65_HS1-834228961_62-HQ-83894_Section_8
Agency: FBI
Page 177
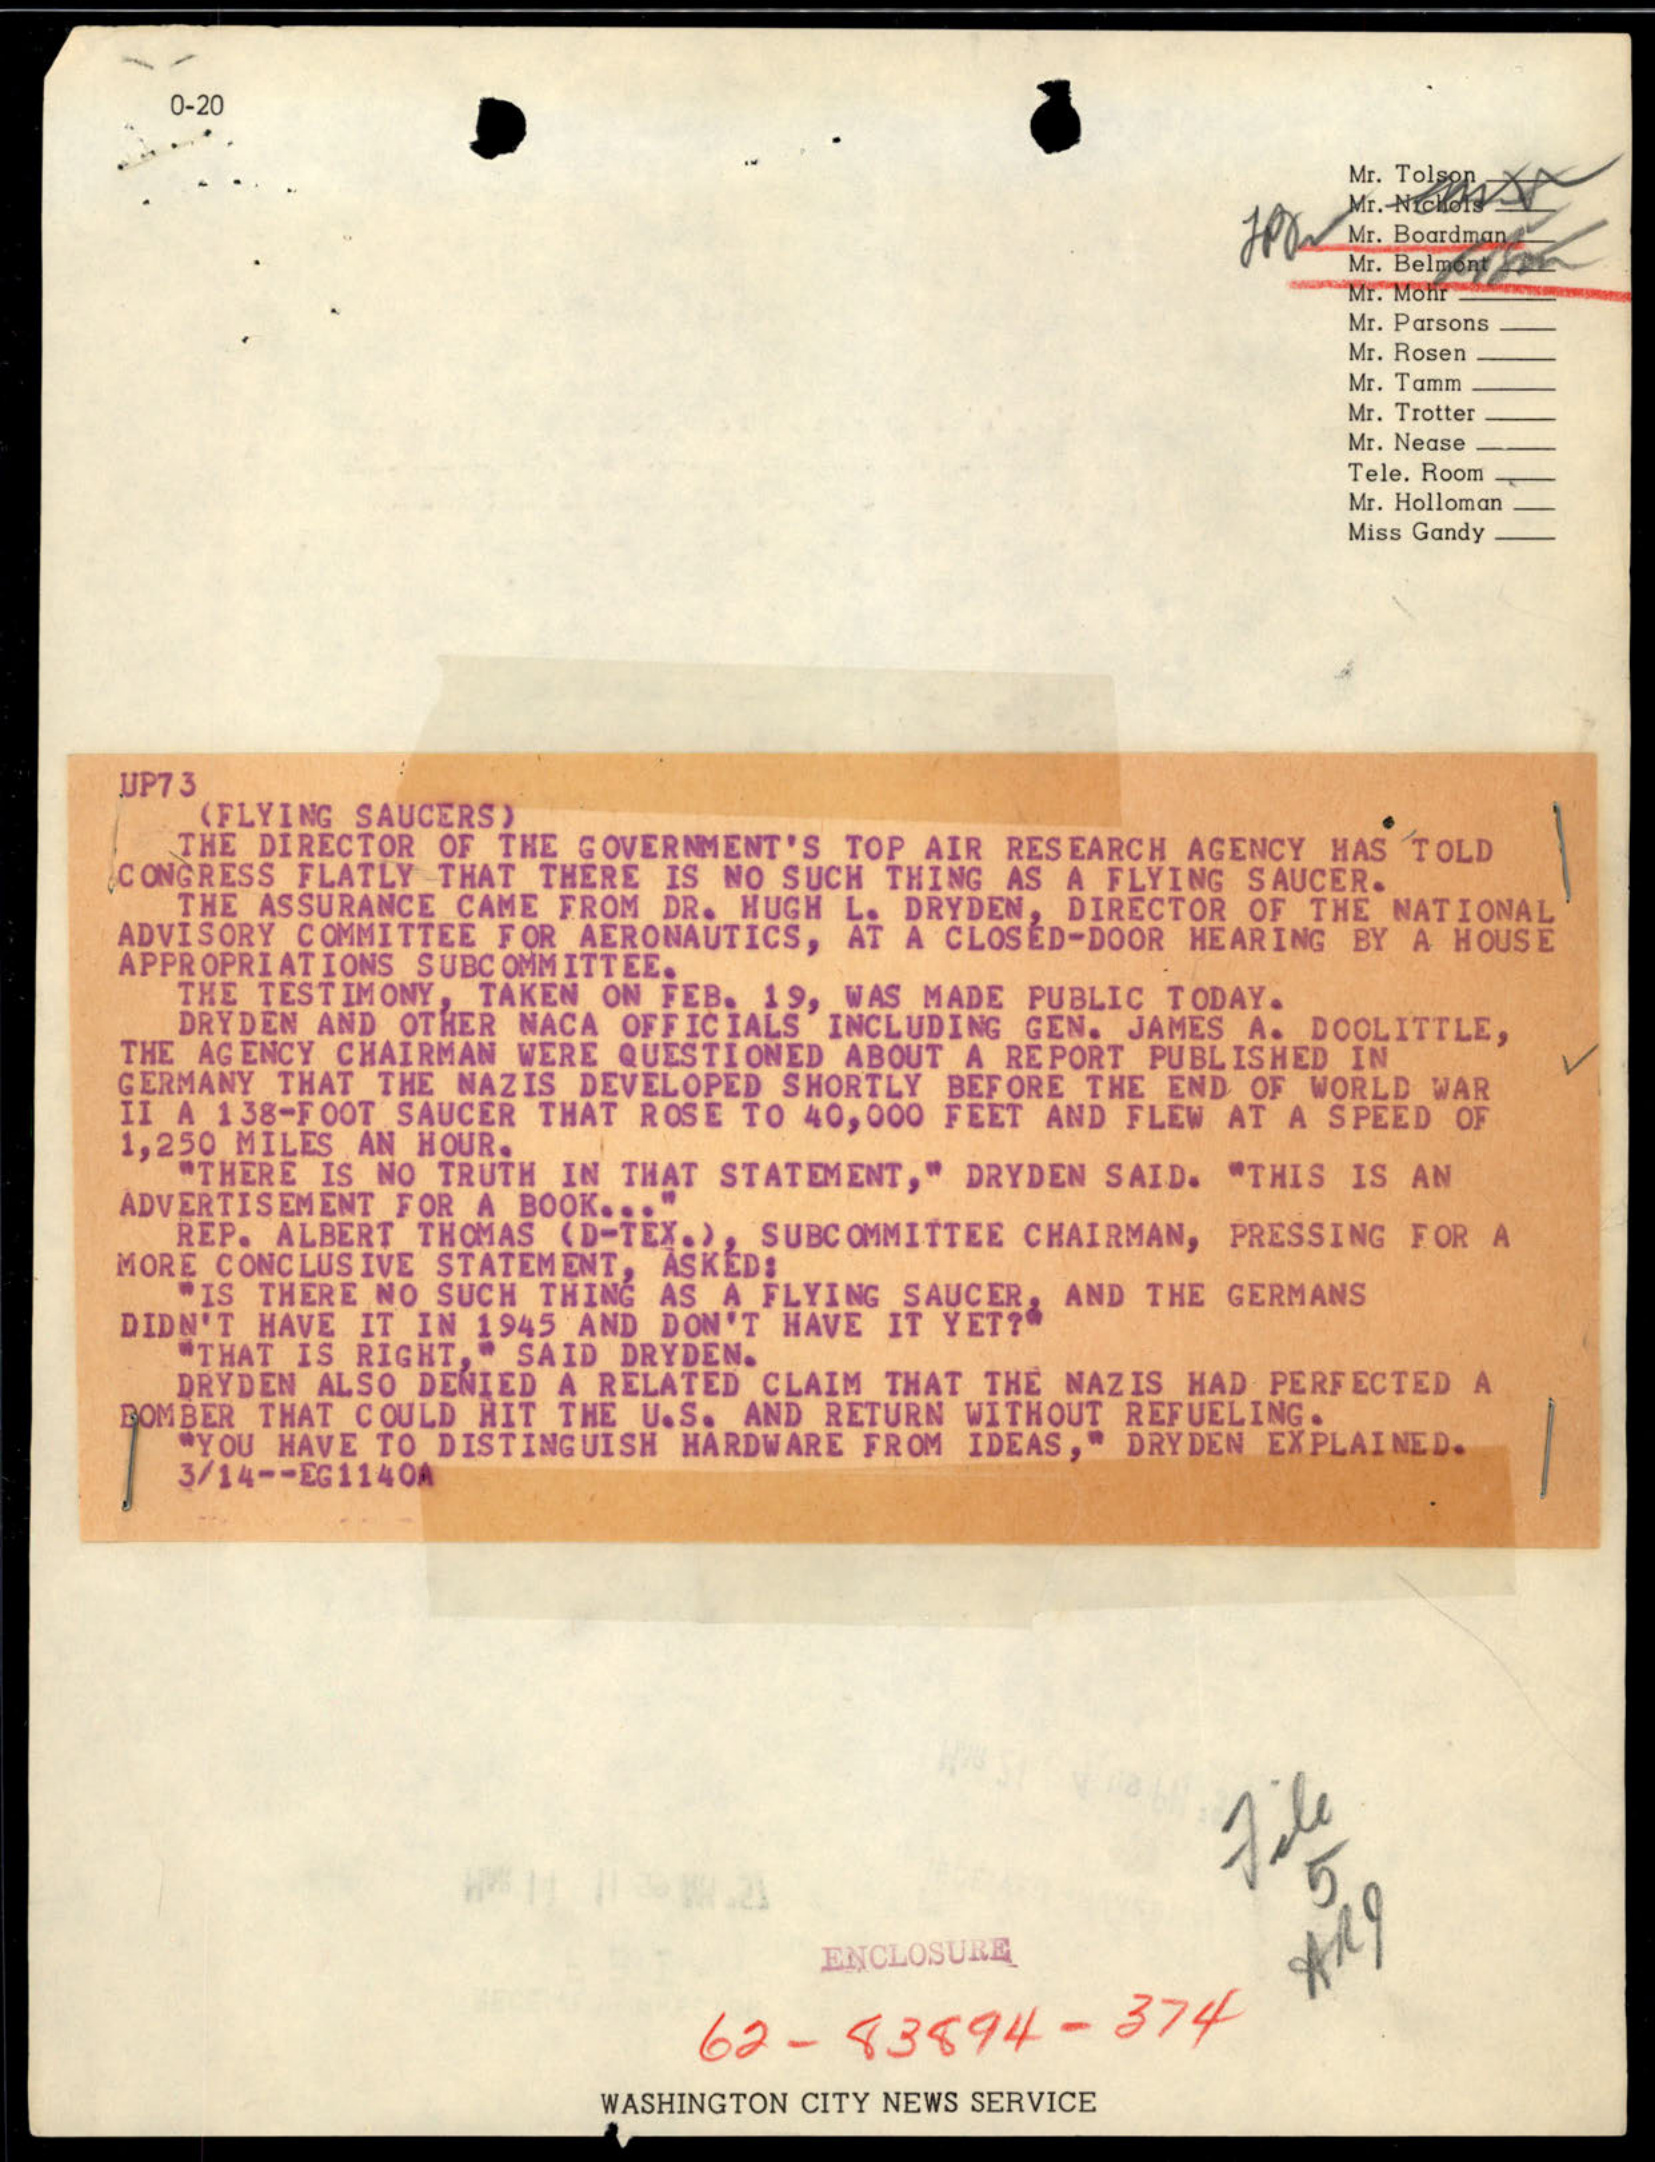